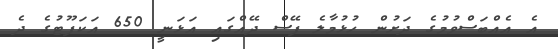
އެ އެއްބަސްވުމުގެ ދަށުން ހުޅުމާލެ ފޭސް ދޭއްގައި އަޅަނީ 650 އަކަފޫޓުގެ ދެ